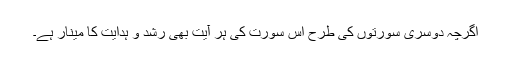
اگرچہ دوسری سورتوں کی طرح اس سورت کی ہر آیت بھی رشد و ہدایت کا مینار ہے۔